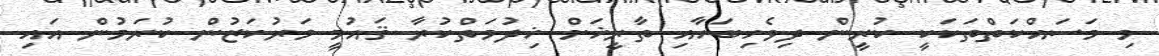
މި މަސައްކަތްތަކަކީ ކުރީން ދިވެހިބަހާއި ތާރީޚަށް ޚިދުމަތްކުރާ ޤައުމީ މަރުކަޒުން ކުރަމުން އައި